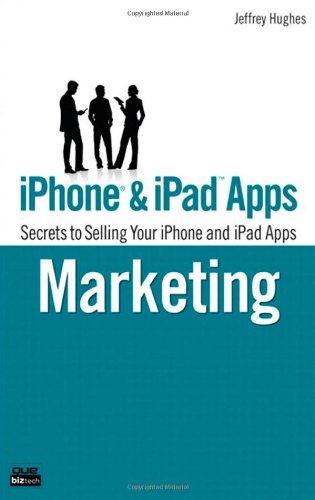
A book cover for iPhone and iPad Apps Marketing: Secrets to Selling Your iPhone and iPad Apps (Que Biz-Tech); Jeffrey Hughes; Computers & Technology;